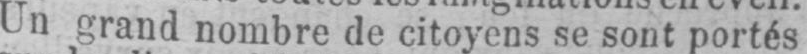
Un grand nombre de citoyens se sont portés